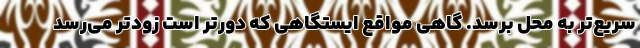
سریع‌تر به محل برسد. گاهی مواقع ایستگاهی که دورتر است زودتر می‌رسد